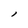
Character: 1